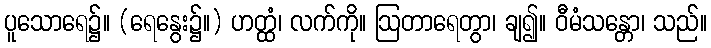
ပူသောရေ၌။ (ရေနွေး၌။) ဟတ္ထံ၊ လက်ကို။ ဩတာရေတွာ၊ ချ၍။ ဝီမံသန္တော၊ သည်။